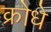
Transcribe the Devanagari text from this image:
क्रोधे